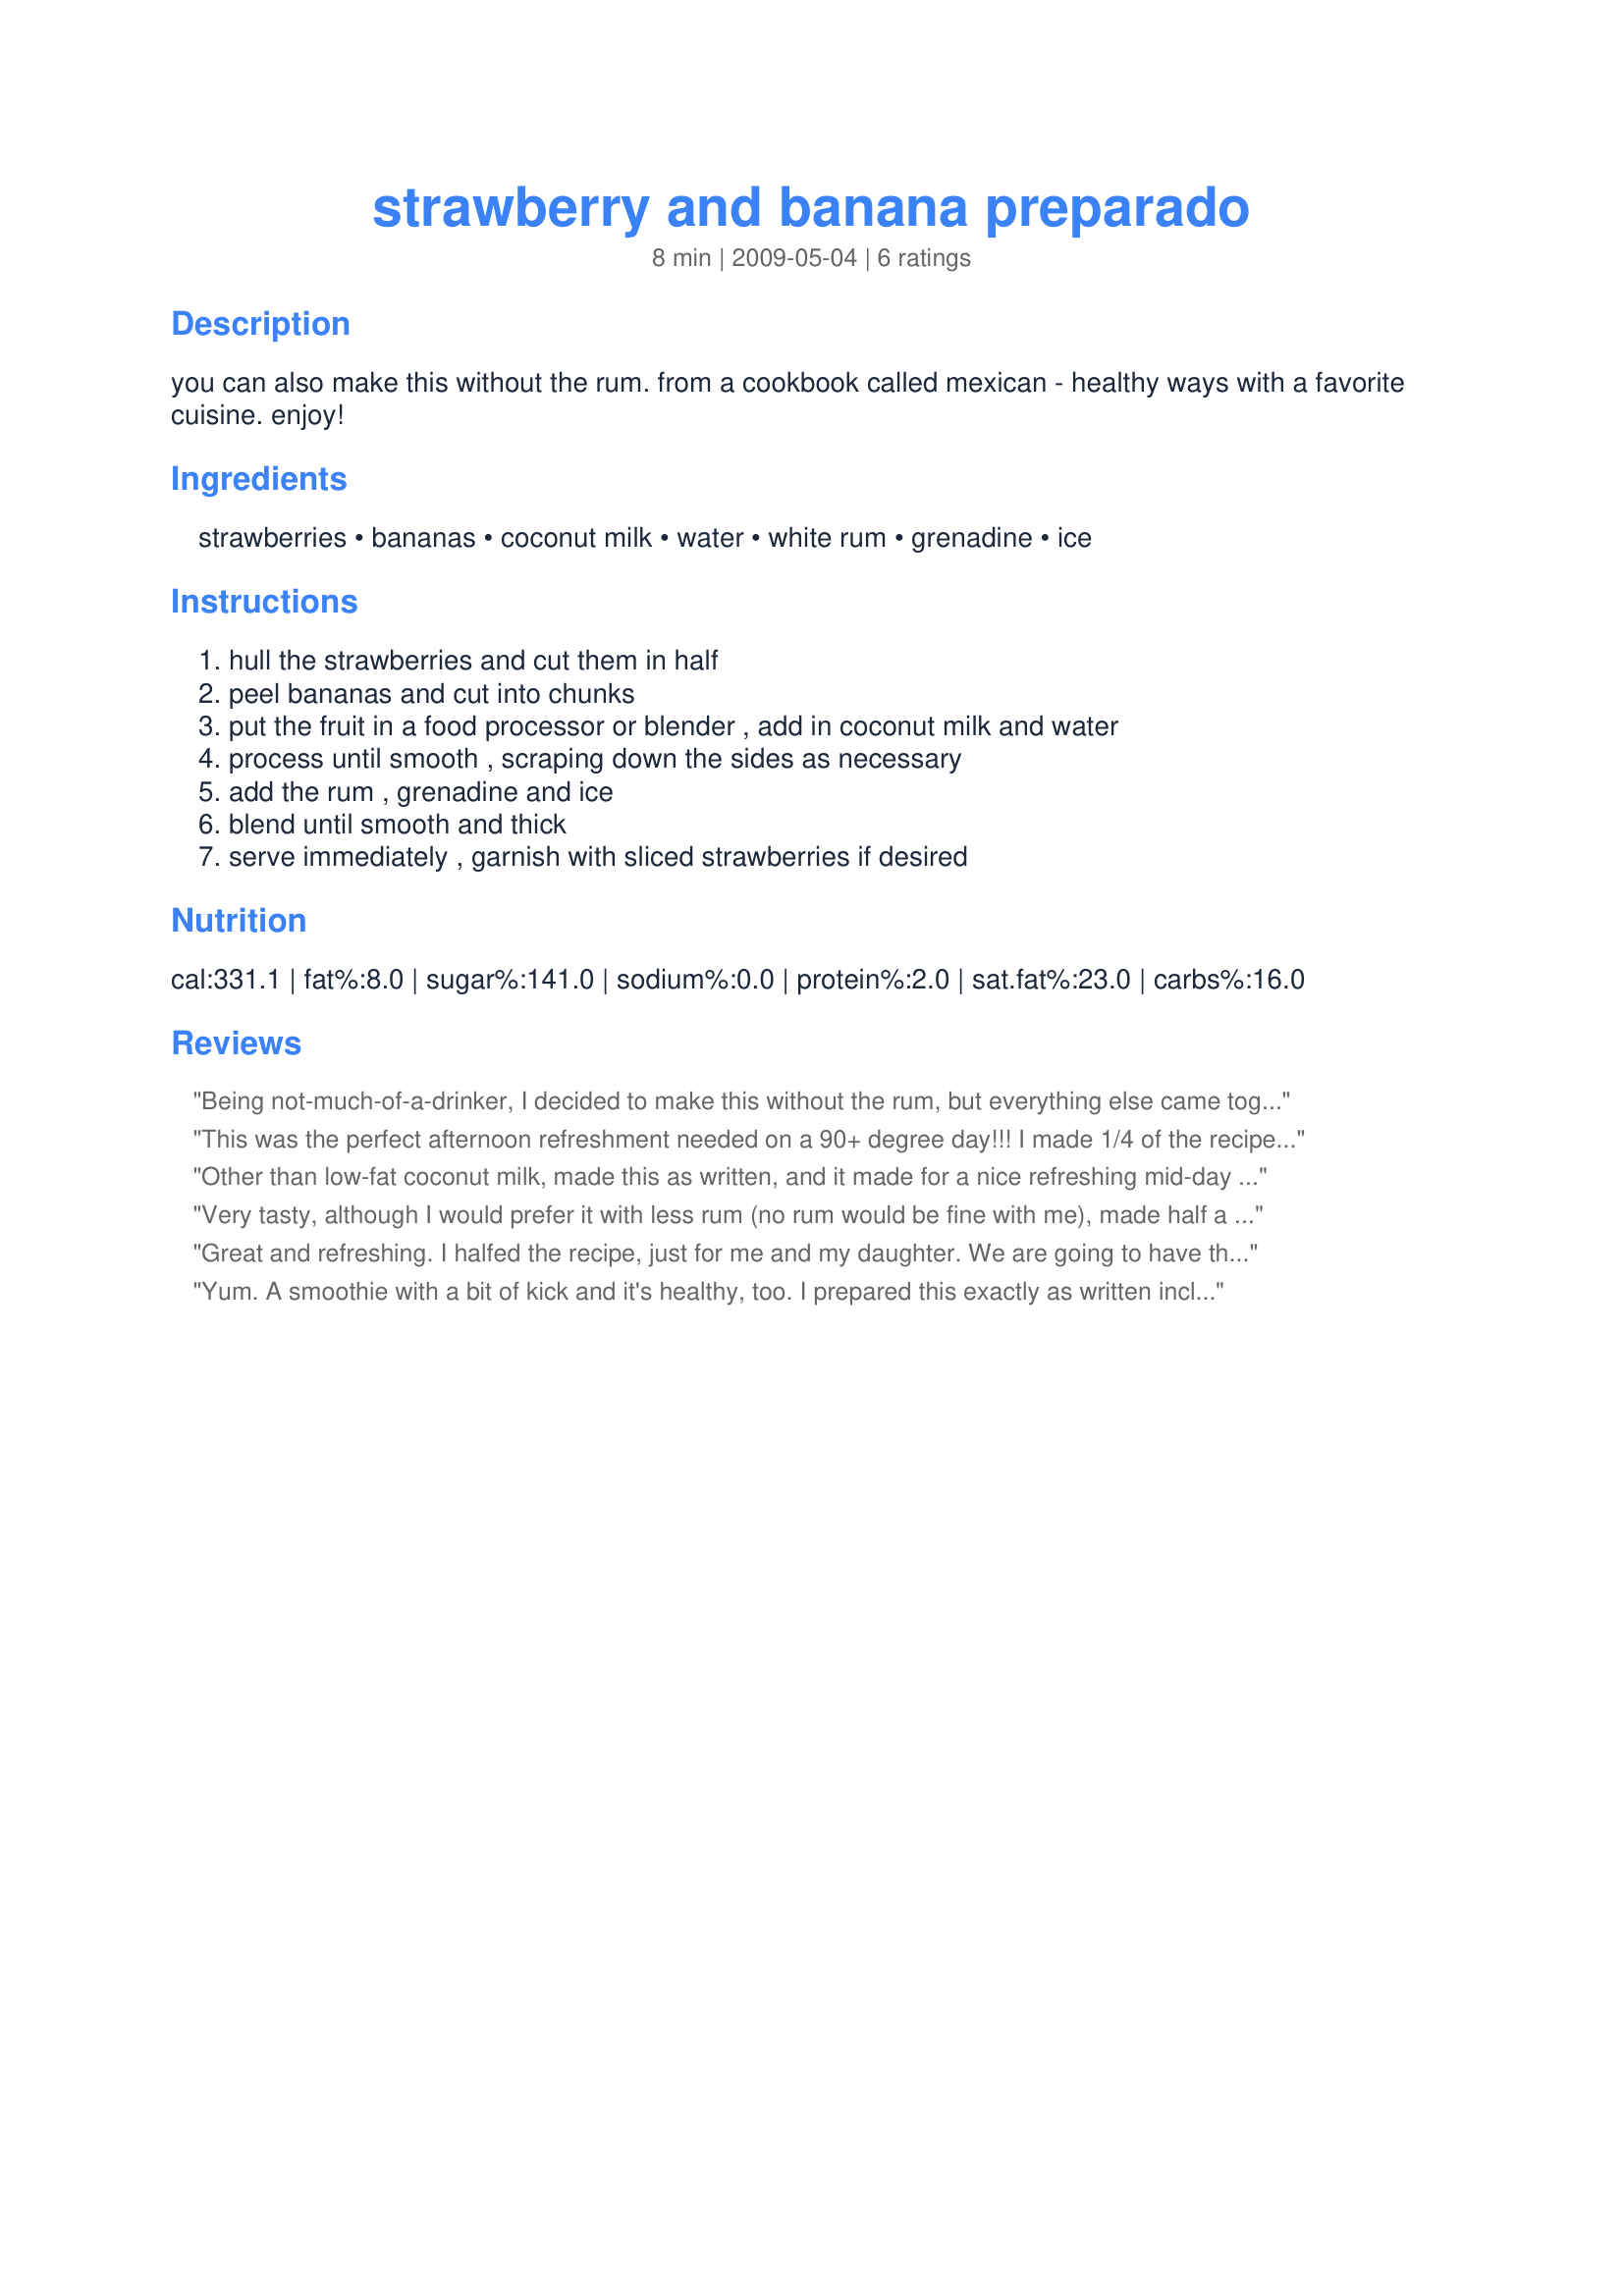
strawberry and banana preparado
Preparation time: 8 minutes

you can also make this without the rum. from a cookbook called mexican - healthy ways with a favorite cuisine.
enjoy!

Ingredients:
strawberries, bananas, coconut milk, water, white rum, grenadine, ice

Steps:
hull the strawberries and cut them in half, peel bananas and cut into chunks, put the fruit in a food processor or blender , add in coconut milk and water, process until smooth , scraping down the sides as necessary, add the rum , grenadine and ice, blend until smooth and thick, serve immediately , garnish with sliced strawberries if desired

Reviews:
Being not-much-of-a-drinker, I decided to make this without the rum, but everything else came together very well ~ Oh, yeah, I also left out the ice, but did use 2 frozen bananas & uped the coconut milk to 6 ounces! STILL, A GREAT DRINK, especially for breakfast! [Tagged, made & reviewed in the ZINGO part of ZWT5]
This was the perfect afternoon refreshment needed on a 90+ degree day!!! I made 1/4 of the recipe and don't like coconut so used 2% milk in its place, now wish I had made 1/2, and loved this yummy fruity cocktail!!! I did add a bit of whipped topping for garnish!! Thanks for sharing Sue!!! Made for zingo of ZWT 5.
Other than low-fat coconut milk, made this as written, and it made for a nice refreshing mid-day treat. It had a very nice kick to it too, and very much enjoyed. Made for I recommend tag.
Very tasty, although I would prefer it with less rum (no rum would be fine with me), made half a recipe, and omitted the ice. Made for the Bodacious Brickhouse Babes for ZWT5.
Great and refreshing. I halfed the recipe, just for me and my daughter. We are going to have this again this weekend as I will be making it for family members. Thank you, easy and good, can't get any better then that! Made by member of "Cooks With Dity Faces" for ZWT5 Zingo.
Yum. A smoothie with a bit of kick and it's healthy, too. I prepared this exactly as written including the rum. The coconut milk was low fat. Made for Jammin' Java Jivers ZWT5.
